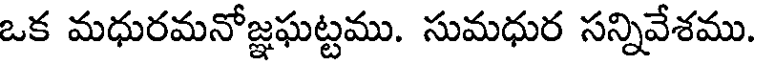
ఒక మధురమనోజ్ఞఘట్టము. సుమధుర సన్నివేశము.